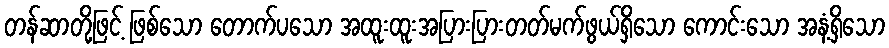
တန်ဆာတို့ဖြင့် ဖြစ်သော တောက်ပသော အထူးထူးအပြားပြားတတ်မက်ဖွယ်ရှိသော ကောင်းသော အနံ့ရှိသော